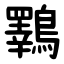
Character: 鸅